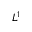
L ^ { 1 }